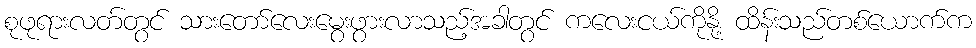
စုဖုရားလတ်တွင် သားတော်လေးမွေးဖွားလာသည့်အခါတွင် ကလေးငယ်ကိုနို့ ထိန်းသည်တစ်ယောက်က